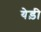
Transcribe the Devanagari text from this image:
येड़ी